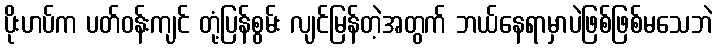
ပိုးဟပ်က ပတ်ဝန်းကျင် တုံ့ပြန်စွမ်း လျင်မြန်တဲ့အတွက် ဘယ်နေရာမှာပဲဖြစ်ဖြစ်မသေဘဲ